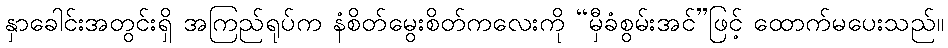
နှာခေါင်းအတွင်းရှိ အကြည်ရုပ်က နံစိတ်မွေးစိတ်ကလေးကို “မှီခံစွမ်းအင်”ဖြင့် ထောက်မပေးသည်။